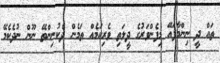
ތައް ދީ ނިންމާފައޭ މިފެންވަރުގެ ދީލަތި ވެރިކަމެއް ތަމެން ދެކުނިންތޭ ނޫން ނުދެކެމޭ